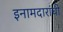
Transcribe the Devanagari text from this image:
इनामदारांची